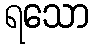
ရသော